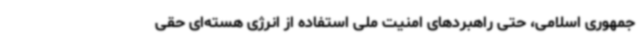
جمهوری اسلامی، حتی راهبردهای امنیت ملی استفاده از انرژی هسته‌ای حقی